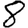
Digit: 8